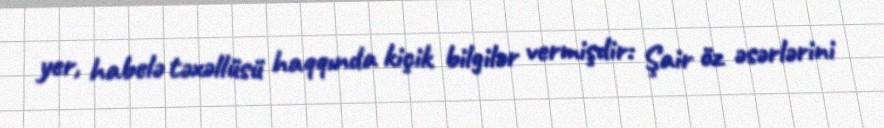
yer, habelə təxəllüsü haqqında kiçik bilgilər vermişdir: Şair öz əsərlərini